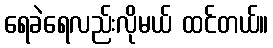
ရေခဲရေလည်းလိုမယ် ထင်တယ်။